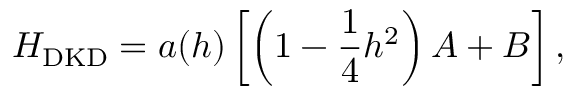
H _ { \mathrm { D K D } } = a ( h ) \left[ \left( 1 - \frac 1 4 h ^ { 2 } \right) A + B \right] ,